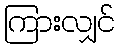
ကြားလျှင်